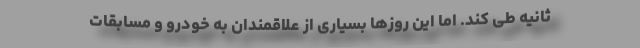
ثانیه طی کند. اما این روزها بسیاری از علاقمندان به خودرو و مسابقات